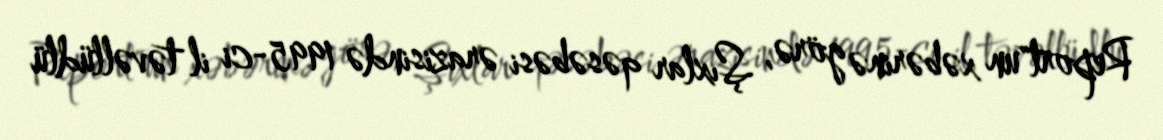
Report"un xəbərinə görə, Şıxlar qəsəbəsi ərazisində 1995-ci il təvəllüdlü